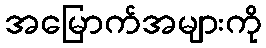
အမြောက်အများကို